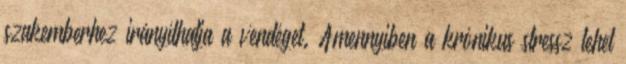
szakemberhez irányíthatja a vendéget. Amennyiben a krónikus stressz lehet